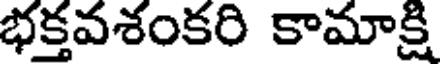
భక్తవశంకరి కామాక్షి